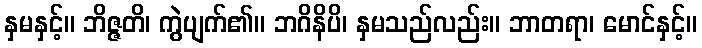
နှမနှင့်။ ဘိဇ္ဇတိ၊ ကွဲပျက်၏။ ဘဂိနိပိ၊ နှမသည်လည်း။ ဘာတရာ၊ မောင်နှင့်။